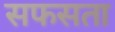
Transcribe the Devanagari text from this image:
सफसता